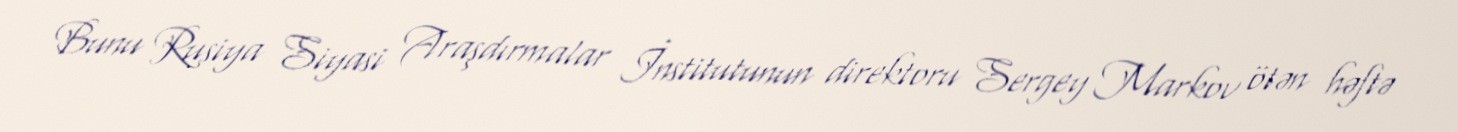
Bunu Rusiya Siyasi Araşdırmalar İnstitutunun direktoru Sergey Markov ötən həftə